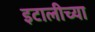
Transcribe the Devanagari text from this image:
इटालीच्या